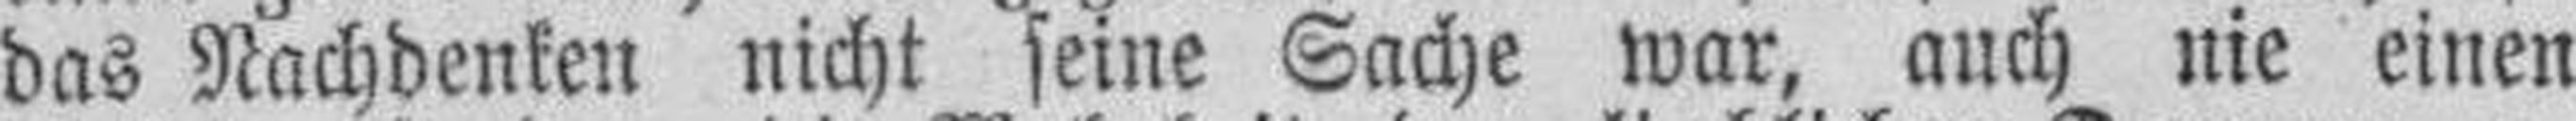
das Nachdenken nicht seine Sache war, auch nie einen